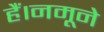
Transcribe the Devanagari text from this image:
हैं।नमूने